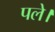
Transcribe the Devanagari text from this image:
पले।